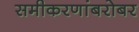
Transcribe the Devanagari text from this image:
समीकरणांबरोबर